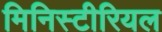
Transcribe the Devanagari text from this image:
मिनिस्टीरियल